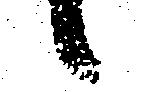
候